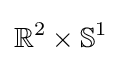
\mathbb {R} ^{2}\times \mathbb {S} ^{1}